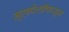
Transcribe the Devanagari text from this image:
मूलपेशींपासून